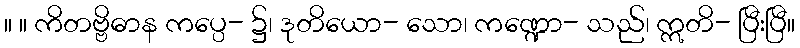
။ ။ ကိတဗ္ဗိဓာန ကပ္ပေ- ၌၊ ဒုတိယော- သော၊ ကဏ္ဍော- သည်၊ ဣတိ- ပြီးပြီ။